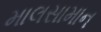
માલસામાન